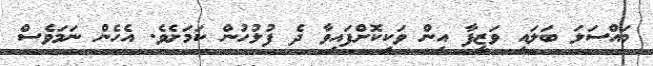
މައްސަލަ ބަލައި ވަޒީފާ އިން ވަކިކޮށްފައިވާ ދެ ފުލުހުން ކަމަށެވެ. އެހެން ނަމަވެސް